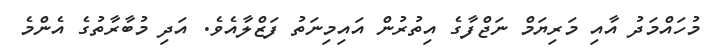
މުހައްމަދު އާއި މަރިޔަމް ނަޖްފާގެ އިތުރުން އައިމިނަތު ފަޒްލާއެވެ. އަދި މުބާރާތުގެ އެންމެ